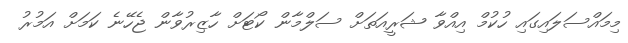
މިމައްސަލައިގައި ހުކުމް އިއްވާ ޝަރީއަތަށް ސަލްމާން ކޯޓަށް ހާޒިރުވާން ޖެހޭނެ ކަމަށް އަމުރު